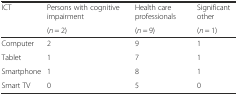
<table><thead><tr><td><b>ICT</b></td><td><b>Persons with cognitive impairment</b></td><td><b>Health care professionals</b></td><td><b>Significant other</b></td></tr><tr><td></td><td><b>(<i>n</i> = 2)</b></td><td><b>(<i>n</i> = 9)</b></td><td><b>(<i>n</i> = 1)</b></td></tr></thead><tbody><tr><td>Computer</td><td>2</td><td>9</td><td>1</td></tr><tr><td>Tablet</td><td>1</td><td>7</td><td>1</td></tr><tr><td>Smartphone</td><td>1</td><td>8</td><td>1</td></tr><tr><td>Smart TV</td><td>0</td><td>5</td><td>0</td></tr></tbody></table>